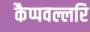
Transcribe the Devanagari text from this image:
कैप्पवल्लरि